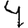
Digit: 4